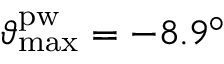
\vartheta _ { \mathrm { m a x } } ^ { \mathrm { p w } } = - 8 . 9 ^ { \circ }